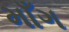
માઁગ